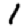
Digit: 1